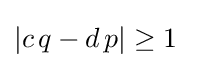
\left|c\,q-d\,p\right|\geq 1~